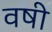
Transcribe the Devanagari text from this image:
वषी